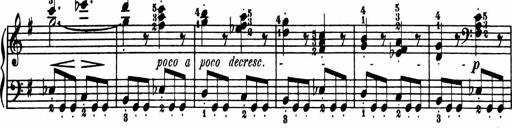
Title: Sonatina in G major
Composer: Friedrich Kuhlau
Key: G major